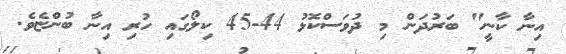
އިނާ ކާނީ" ބަރުދަން މި ދުވަސްކޮޅު 44-45 ކިލޯގައި ހުރި އިނާ ބުންޏެވެ.